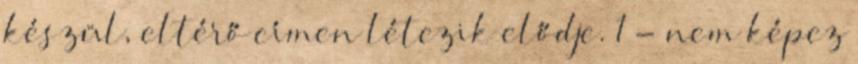
készül, eltérő címen létezik elődje. 1 - nem képez